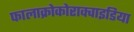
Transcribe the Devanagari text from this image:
फालाक्रोकोराक्वाइडिया